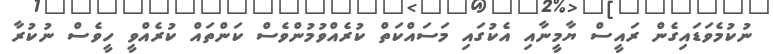
ނުކުމެވަޑައިގެން ރައީސް ޔާމީނާއި އެކުގައި މަސައްކަތް ކުރެއްވުމުންވެސް ކަންތައް ކުރެއްވީ ހީވެސް ނުކުރާ